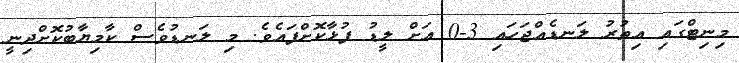
މިނިޓްގައި އިތުރު ލަނޑެއްޖަހައި 3-0 އަށް ލީޑު ފުޅާކޮށްފައެވެ. މި ލަނޑުވެސް ކާމިޔާބުކޮށްދިނީ